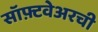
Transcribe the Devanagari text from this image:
सॉफ़्टवेअरची